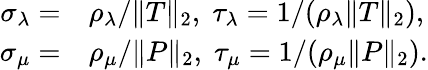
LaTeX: \begin{array}{rl}{\sigma_{\lambda}=}&{{}\rho_{\lambda}/\| T\| _{2},\; \tau_{\lambda}=1/(\rho_{\lambda}\| T\| _{2}),}\\ {\sigma_{\mu}=}&{{}\rho_{\mu}/\| P\| _{2},\; \tau_{\mu}=1/(\rho_{\mu}\| P\| _{2}).}\end{array}